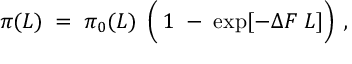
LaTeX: \pi ( L ) \; = \; \pi _ { 0 } ( L ) \; \left( \frac { } { } 1 \; - \; \exp [ - \Delta F \; L ] \right) \; ,